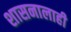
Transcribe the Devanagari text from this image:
शासनालाही